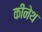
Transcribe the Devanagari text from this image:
कीनेथ